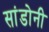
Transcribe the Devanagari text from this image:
सांडोनी